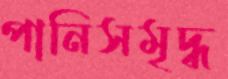
পানিসমৃদ্ধ